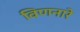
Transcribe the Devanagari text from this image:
विणनारे